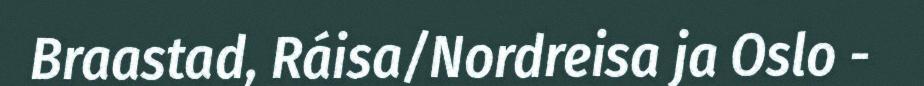
Braastad, Ráisa/Nordreisa ja Oslo -